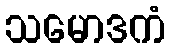
သမောဒကံ